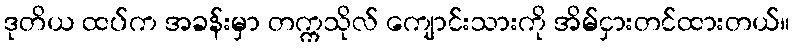
ဒုတိယ ထပ်က အခန်းမှာ တက္ကသိုလ် ကျောင်းသားကို အိမ်ငှားတင်ထားတယ်။